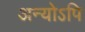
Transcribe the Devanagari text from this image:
अन्योऽपि